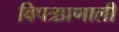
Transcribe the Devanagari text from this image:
विपत्रप्रणाली